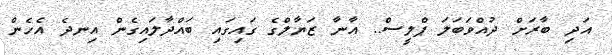
އަދި ބާރަށް ދުއްވަބަލަ ޕްލީސް.. އާނާ ޒަޔާލްގެ ގައިގައި ބައްދާލައިގެން އިނދެ އެހެން